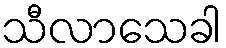
သီလာသေခါ